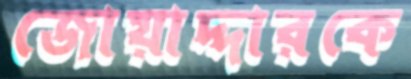
জোয়াদ্দারকে